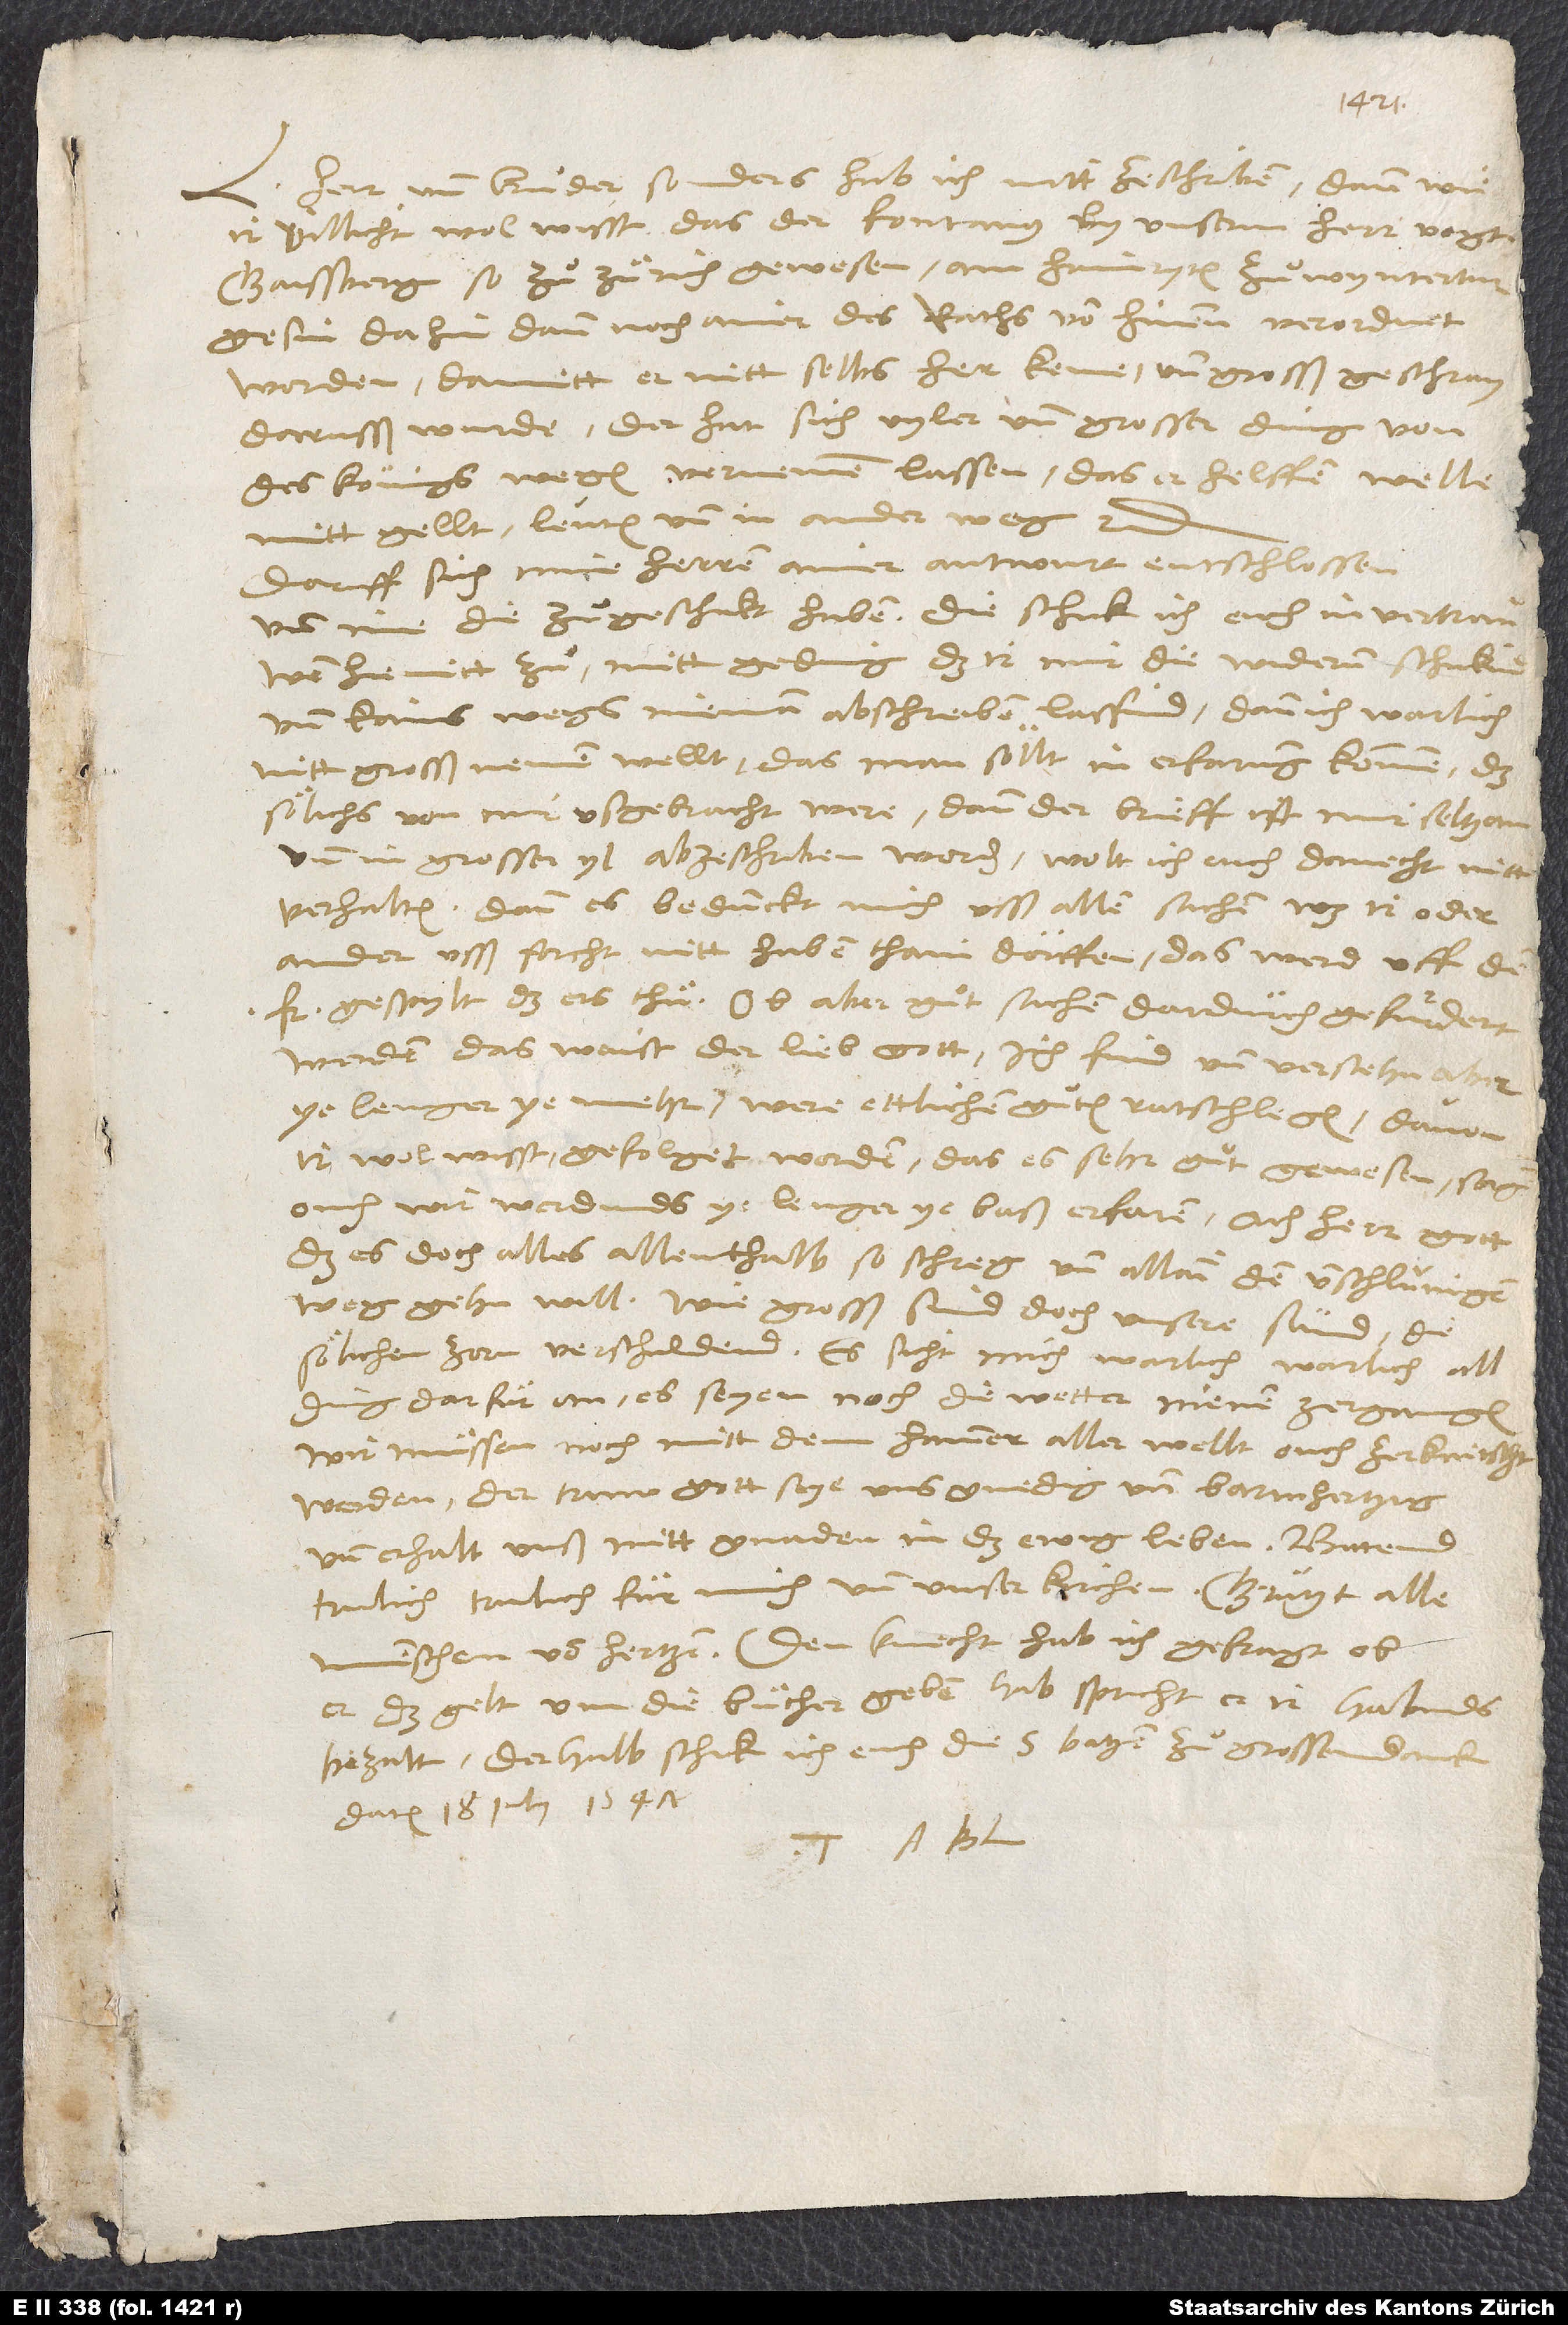
herr und bruͦder, sonders hab ich nitt ze schriben, dann(wie
ir villicht wol wisst) das der Fontanus by unserm herr vogt
Gaissberg, so zuͦ Zuͤrich gewesen, am haymryten zuͦ Wyntertur
gesin, dahin dann noch ainer des raths von hinnen verordnet
worden, damitt er nitt selbs her keme und grosß geschray
dorrusß wurde. Der hat sich vyler und grosser ding von
des königs wegen vernemen lassen, das er helffen welle
mitt gellt, leuten und in ander weg, etc.
Daruff sich mine herren ainer antwurt entschlossen
und ime die zuͦgeschickt haben. Die schick ich euch in vertrauwen
hiemitt zuͦ mitt geding, das ir mir die widerum schickind
und kainswegs nieman abschreiben lassind, dann ich warlich
nitt grosß nemen wellt, das man söllt in erfarung kommen, das
sölichs von mir ußgebracht were; dann der brieff ist mir seltzam
verhalten, dann es bedunckt mich usß allen sachen, was ir oder
ander usß forcht nitt haben thain dörffen, das werd uff den
Fr gespylt, das ers thuͤ. Ob aber guͦt sachen dadürch gefurdert
ye lenger ye mehr, were ettlichen guͦten ratschlegen, davon
ir wol wisst, gefolget worden, das es sehr guͦt gewesen. Sag
das es doch alles allenthalb so schreg und allain den unschlunigen
weg gehn will! Wie grosß sind doch unsere sünd, die
sölchen zorn verschuldend! Es sicht mich warlich, warlich all
ding darfuͤr an, es seyen noch die wetter nienen zergangen.
Wir muͤssen noch mitt dem hammer aller wellt ouch zerknitscht
werden. Der truw gott seye uns gnedig und barmhertzig
und erhalt unß mitt gnaden in das ewig leben!
trulich, trulich fuͤr mich und unser kirchen! Gruͤtzt alle
er das gelt um die buͤcher geben hab. Spricht er, ir habinds
bezalt. Derhalb schick ich euch die 5 batzen zuͦ grossem danck.
Datum 18. iulii 1547.